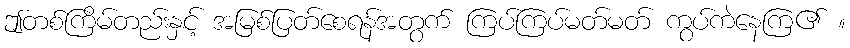
ဤတစ်ကြိမ်တည်းနှင့် အမြစ်ပြတ်စေရန်အတွက် ကြပ်ကြပ်မတ်မတ် ကွပ်ကဲနေကြ၏ ။